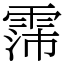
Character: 霈